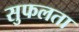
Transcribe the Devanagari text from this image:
सुफलता